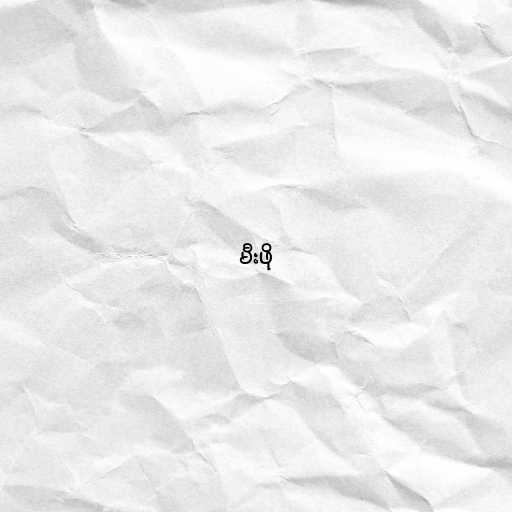
မီးဖို